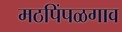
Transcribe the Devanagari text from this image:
मठपिंपळगाव